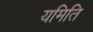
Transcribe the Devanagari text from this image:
यमिति